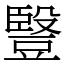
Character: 䝂